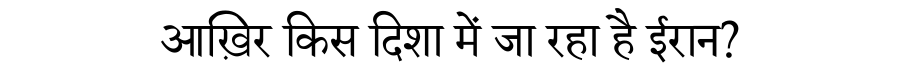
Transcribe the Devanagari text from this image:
आख़िर किस दिशा में जा रहा है ईरान?